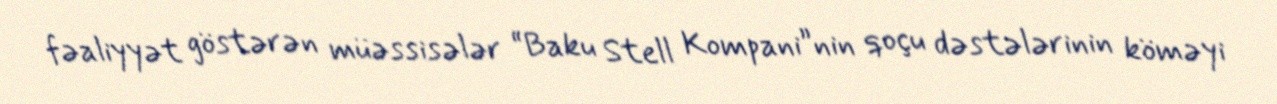
fəaliyyət göstərən müəssisələr “Baku Stell Kompani”nin qoçu dəstələrinin köməyi